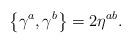
LaTeX: \begin{align*}\left\{ \gamma ^{a},\gamma ^{b}\right\} =2\eta ^{ab}.\end{align*}